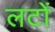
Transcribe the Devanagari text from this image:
लटों